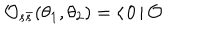
\mathcal { O } _ { s \bar { s } } ( \theta _ { 1 } , \theta _ { 2 } ) = \langle \, 0 \, | \, \mathcal { O }